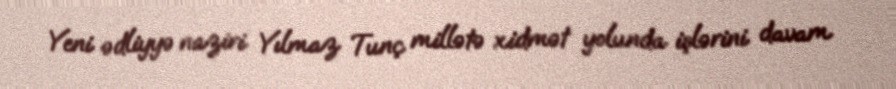
Yeni ədliyyə naziri Yılmaz Tunç millətə xidmət yolunda işlərini davam